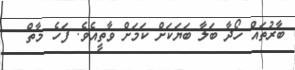
ބާރުތައް ހޯދާ ބަލާ ބަޔަކަށް ކަމަށް ވާތީއެވެ. ފަހެ މާތް